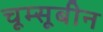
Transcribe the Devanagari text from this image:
चूम्सूबीन